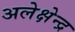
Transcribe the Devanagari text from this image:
अलेक्षेन्द्र